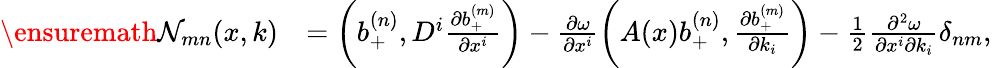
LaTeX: \begin{array}{rl}{\ensuremath{\mathcal{N}}_{mn}(x,k)}&{=\left(b_{+}^{(n)},D^{i}\frac{\partial b_{+}^{(m)}}{\partial x^{i}}\right)-\frac{\partial\omega}{\partial x^{i}}\left(A(x)b_{+}^{(n)},\frac{\partial b_{+}^{(m)}}{\partial k_{i}}\right)-\frac{1}{2}\frac{\partial^{2}\omega}{\partial x^{i}\partial k_{i}}\delta_{nm},}\end{array}